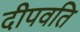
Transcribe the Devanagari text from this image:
दीपवति